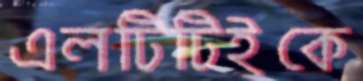
এলটিটিইকে